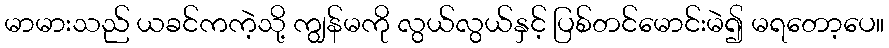
မာမားသည် ယခင်ကကဲ့သို့ ကျွန်မကို လွယ်လွယ်နှင့် ပြစ်တင်မောင်းမဲ၍ မရတော့ပေ။